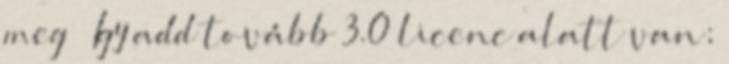
meg – Így add tovább 3.0 licenc alatt van;